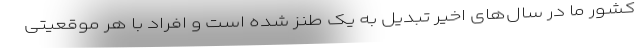
کشور ما در سال‌های اخیر تبدیل به یک طنز شده است و افراد با هر موقعیتی